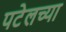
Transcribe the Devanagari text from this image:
पटेलच्या